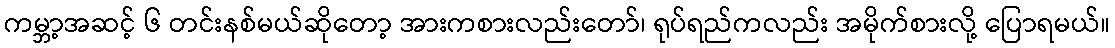
ကမ္ဘာ့အဆင့် ၆ တင်းနစ်မယ်ဆိုတော့ အားကစားလည်းတော်၊ ရုပ်ရည်ကလည်း အမိုက်စားလို့ ပြောရမယ်။